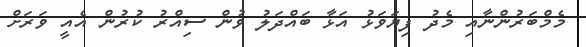
މެމްބަރުންނާއި މެދު ފިޔަވަޅު އަޅާ ބައްދަލު ވުން ސިއްރު ކުރުން އެއީ ވަރަށް